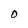
Character: O